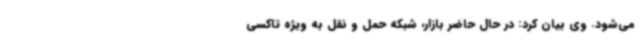
می‌شود. وی بیان کرد: در حال حاضر بازار، شبکه حمل و نقل به ویژه تاکسی